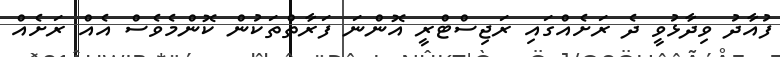
ފުއާދު ވިދާޅުވީ ދެ ރަށެއްގައި ރަޖިސްޓްރީ އޮންނަ ފަރާތްތަކުން ކޮންމެވެސް އެއް ރަށެއް